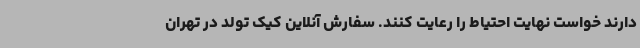
دارند خواست نهایت احتیاط را رعایت کنند. سفارش آنلاین کیک تولد در تهران